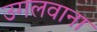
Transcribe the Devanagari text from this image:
उगलवाना